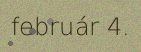
február 4.